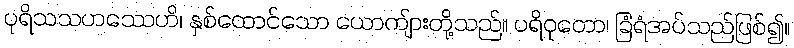
ပုရိသသဟဿေဟိ၊ နှစ်ထောင်သော ယောကျ်ားတို့သည်။ ပရိဝုတော၊ ခြံရံအပ်သည်ဖြစ်၍။